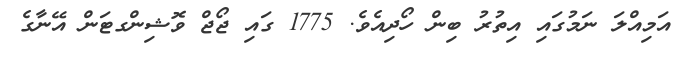
އަމިއްލަ ނަމުގައި އިތުރު ބިން ހޯދިއެވެ. 1775 ގައި ޖޯޖް ވޮޝިންގޓަން އޭނާގެ